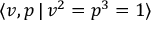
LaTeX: \langle v , p \, | \, v ^ { 2 } = p ^ { 3 } = 1 \rangle